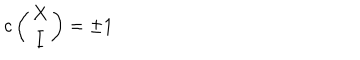
c \left( \begin{matrix} { { X } } \\ { { I } } \\ \end{matrix} \right) = \pm 1